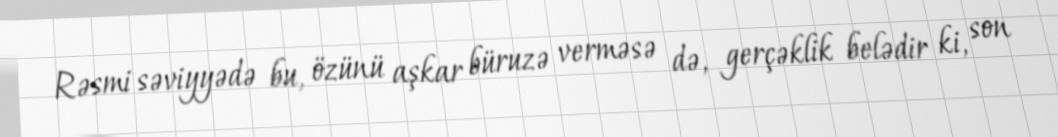
Rəsmi səviyyədə bu, özünü aşkar büruzə verməsə də, gerçəklik belədir ki, son